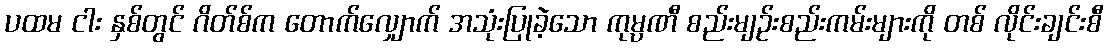
ပထမ ငါး နှစ်တွင် ဂိတ်စ်က တောက်လျှောက် အသုံးပြုခဲ့သော ကုမ္ပဏီ စည်းမျဉ်းစည်းကမ်းများကို တစ် လိုင်းချင်းစီ